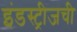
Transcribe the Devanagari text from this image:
इंडस्ट्रीजची